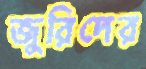
জুরিদের